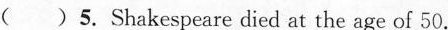
( )5. Shakespeare died at the age of 50.